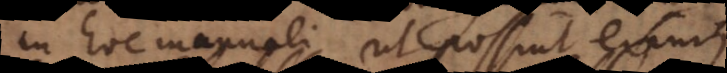
in hoc manuali, ut possint eximi.